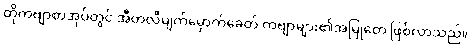
ထိုကဗျာစာအုပ်တွင် အီတလီမျက်မှောက်ခေတ် ကဗျာများ၏အမြုတေ ဖြစ်လာသည်။